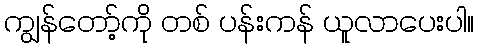
ကျွန်တော့်ကို တစ် ပန်းကန် ယူလာပေးပါ။